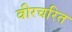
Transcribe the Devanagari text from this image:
वीरचरित